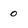
Character: 0